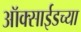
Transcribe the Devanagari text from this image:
ऑक्साईडच्या